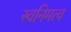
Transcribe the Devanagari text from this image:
स्वनिमत्व